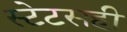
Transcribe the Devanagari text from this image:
स्टेटसही